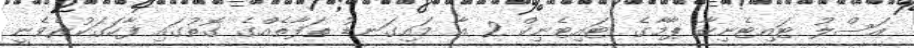
އަސްލު ޓައިޓެނިކާ ޕާމާގެ ޓައިޓެނިކް 2 އާ މައިގަނޑު ތަފާތެއްގެ ގޮތުގައި ފާހަގަކުރެވެނީ